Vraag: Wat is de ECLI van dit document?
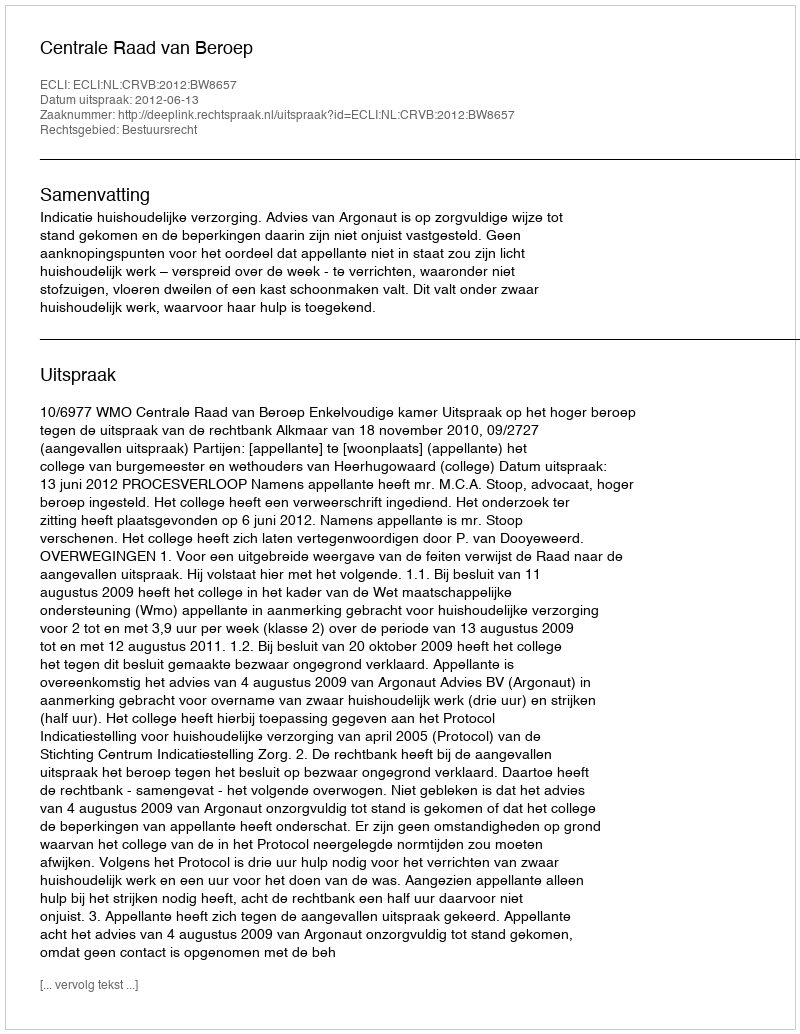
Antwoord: ECLI:NL:CRVB:2012:BW8657